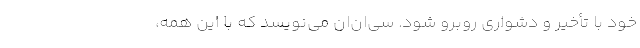
خود با تأخیر و دشواری روبرو شود. سی‌ان‌ان می‌نویسد که با این همه،